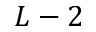
L - 2